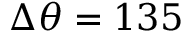
\Delta \theta = 1 3 5